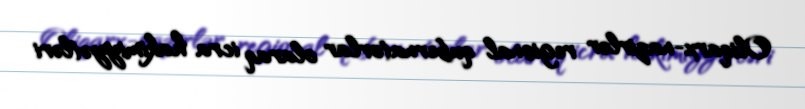
Oliqarx-nazirlər regional qubernatorlar olaraq icra hakimiyyətləri